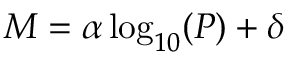
M = \alpha \log _ { 1 0 } ( P ) + \delta